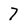
Character: 7